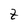
Character: t